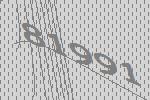
81991